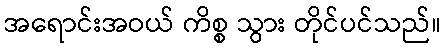
အရောင်းအဝယ် ကိစ္စ သွား တိုင်ပင်သည်။